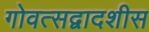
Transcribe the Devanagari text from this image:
गोवत्सद्वादशीस